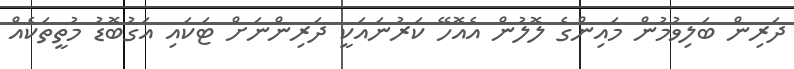
ދަރިން ބަލިވުމުން މައިންގެ ލޮލުން އެއޮހޭ ކަރުނައަކީ ދަރިންނަށް ޓަކައި އަގުބޮޑު މުތީތަކެއް